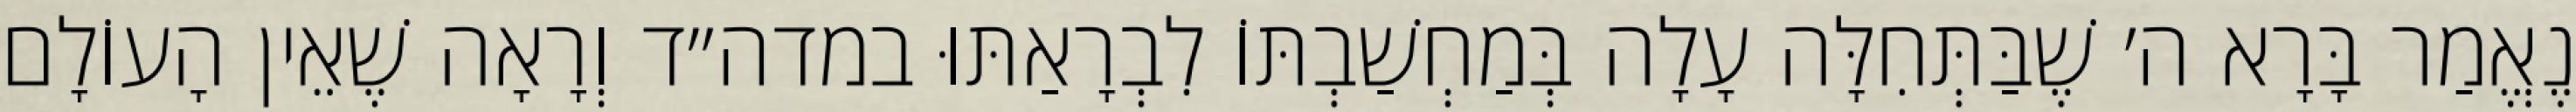
נֶאֱמַר בָּרָא ה׳ שֶׁבַּתְּחִלָּה עָלָה בְּמַחְשַׁבְתּוֹ לִבְרָאַתּוּ במדה״ד וְרָאָה שֶׁאֵין הָעוֹלָם